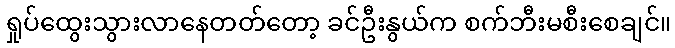
ရှုပ်ထွေးသွားလာနေတတ်တော့ ခင်ဦးနွယ်က စက်ဘီးမစီးစေချင်။